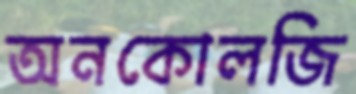
অনকোলজি